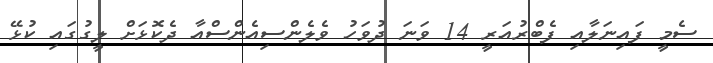
ސެމީ ފައިނަލާއި ފެބްރުއަރީ 14 ވަނަ ދުވަހު ވެލެންސިއެންސްއާ ދެކޮޅަށް ލީގުގައި ކުޅޭ